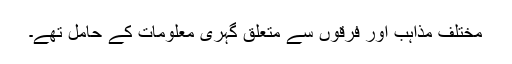
مختلف مذاہب اور فرقوں سے متعلق گہری معلومات کے حامل تھے۔